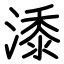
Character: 潻